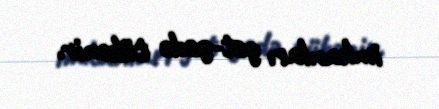
imkanları get-gedə tükənir.